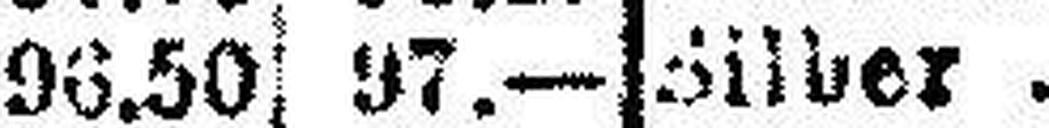
Silber